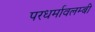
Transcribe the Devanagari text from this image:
परधर्मावलम्बी